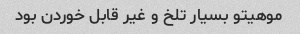
موهیتو بسیار تلخ و غیر قابل خوردن بود